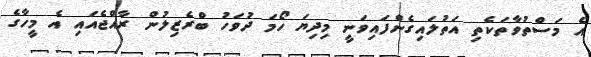
އެ މަސްތުވާތަކެތި އަތުލައިގެންފައިވަނީ މިދިޔަ ހޯމަ ދުވަހު ބްރެޒިލުން ރާއްޖެއައި އެ މީހާގެ